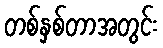
တစ်နှစ်တာအတွင်း